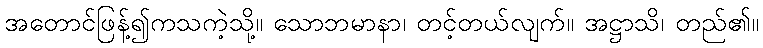
အတောင်ဖြန့်၍ကသကဲ့သို့။ သောဘမာနာ၊ တင့်တယ်လျက်။ အဋ္ဌာသိ၊ တည်၏။